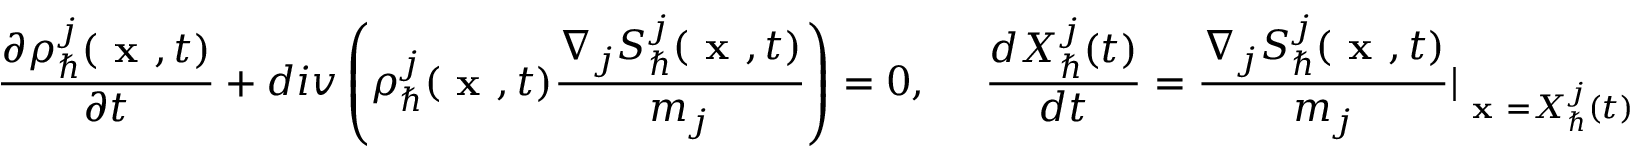
\frac { \partial \rho _ { \hbar } ^ { j } ( \textbf { x } , t ) } { \partial t } + d i v \left( \rho _ { \hbar } ^ { j } ( \textbf { x } , t ) \frac { \nabla _ { j } S _ { \hbar } ^ { j } ( \textbf { x } , t ) } { m _ { j } } \right) = 0 , ~ ~ ~ ~ \frac { d X _ { \hbar } ^ { j } ( t ) } { d t } = \frac { \nabla _ { j } S _ { \hbar } ^ { j } ( \textbf { x } , t ) } { m _ { j } } \vert _ { \textbf { x } = X _ { \hbar } ^ { j } ( t ) }